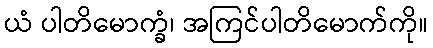
ယံ ပါတိမောက္ခံ၊ အကြင်ပါတိမောက်ကို။